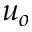
u _ { o }